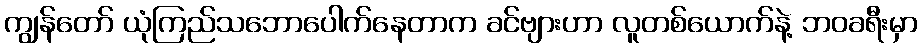
ကျွန်တော် ယုံကြည်သဘောပေါက်နေတာက ခင်ဗျားဟာ လူတစ်ယောက်နဲ့ ဘဝခရီးမှာ